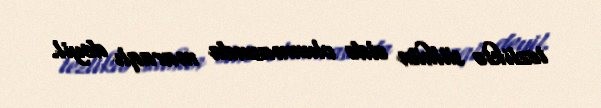
tezliklə sülhün əldə olunmasında maraqlı deyil.